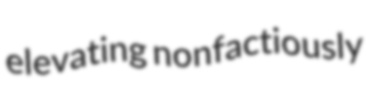
elevating nonfactiously